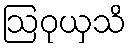
ဩဝုယှသိ